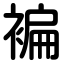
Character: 褊